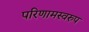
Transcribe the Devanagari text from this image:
परिणामस्‍वरुप